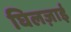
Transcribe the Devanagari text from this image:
घिलज़ाई